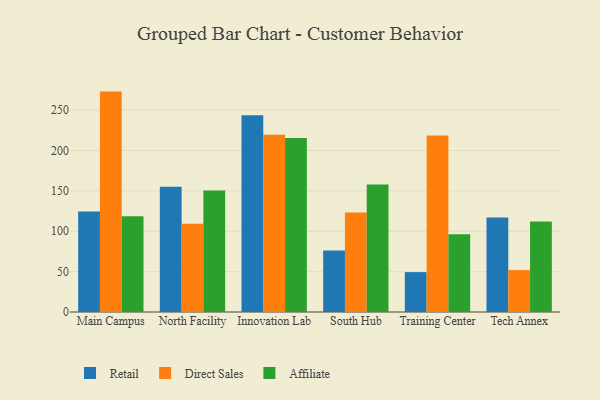
{"axis": {"x": "Campus", "y": "Population (Million)"}, "legend": ["Affiliate", "Direct Sales", "Retail"], "data": [{"x": "Main Campus", "y": 124.4, "type": "Retail"}, {"x": "Main Campus", "y": 273.0, "type": "Direct Sales"}, {"x": "Main Campus", "y": 118.5, "type": "Affiliate"}, {"x": "North Facility", "y": 155.2, "type": "Retail"}, {"x": "North Facility", "y": 109.4, "type": "Direct Sales"}, {"x": "North Facility", "y": 150.5, "type": "Affiliate"}, {"x": "Innovation Lab", "y": 243.7, "type": "Retail"}, {"x": "Innovation Lab", "y": 219.6, "type": "Direct Sales"}, {"x": "Innovation Lab", "y": 215.5, "type": "Affiliate"}, {"x": "South Hub", "y": 76.1, "type": "Retail"}, {"x": "South Hub", "y": 123.1, "type": "Direct Sales"}, {"x": "South Hub", "y": 157.8, "type": "Affiliate"}, {"x": "Training Center", "y": 49.4, "type": "Retail"}, {"x": "Training Center", "y": 218.6, "type": "Direct Sales"}, {"x": "Training Center", "y": 96.2, "type": "Affiliate"}, {"x": "Tech Annex", "y": 117.0, "type": "Retail"}, {"x": "Tech Annex", "y": 51.9, "type": "Direct Sales"}, {"x": "Tech Annex", "y": 112.0, "type": "Affiliate"}]}